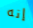
إنه